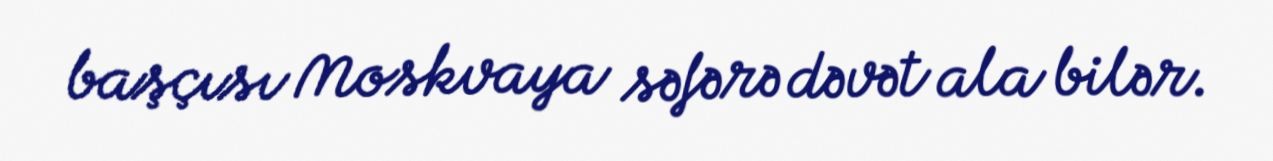
başçısı Moskvaya səfərə dəvət ala bilər.